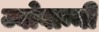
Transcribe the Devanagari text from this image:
ज्वोवान्नी